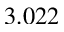
3 . 0 2 2